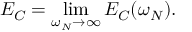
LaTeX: E _ { C } = \operatorname * { l i m } _ { \omega _ { N } \rightarrow \infty } E _ { C } ( \omega _ { N } ) .